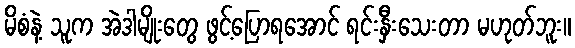
မိစံနဲ့ သူက အဲဒါမျိုးတွေ ဖွင့်ပြောရအောင် ရင်းနှီးသေးတာ မဟုတ်ဘူး။